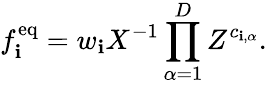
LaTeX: f_{\mathbf{i}}^{\mathrm{{eq}}}=w_{\mathbf{i}}X^{-1}\prod_{\alpha=1}^{D}Z^{c_{\mathbf{i},\alpha}}.